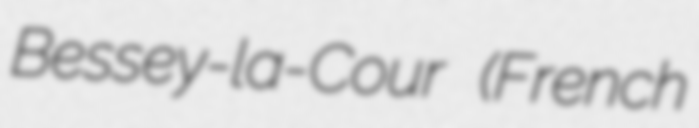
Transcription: Bessey-la-Cour (French